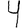
Digit: 4